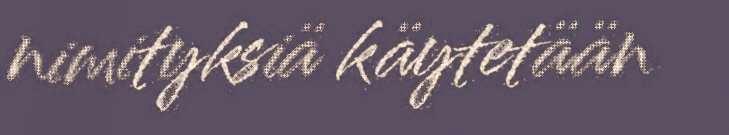
nimityksiä käytetään